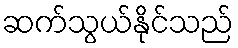
ဆက်သွယ်နိုင်သည်